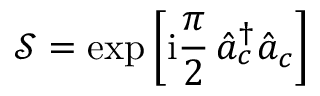
\mathcal { S } = \exp \left[ \mathrm { i } \frac { \pi } { 2 } \, \hat { a } _ { c } ^ { \dagger } \hat { a } _ { c } \right]